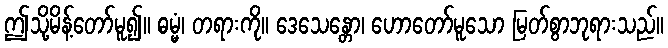
ဤသို့မိန့်တော်မူ၍။ ဓမ္မံ၊ တရားကို။ ဒေသေန္တော၊ ဟောတော်မူသော မြတ်စွာဘုရားသည်။